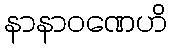
နာနာဝဏေဟိ